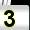
Digit: 3